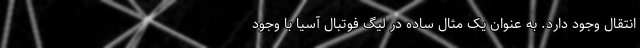
انتقال وجود دارد. به عنوان یک مثال ساده در لیگ فوتبال آسیا با وجود